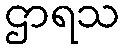
ဌာရသ